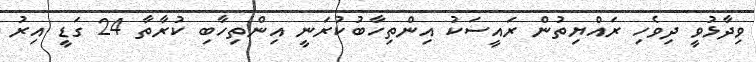
ވިދާޅުވީ ދިވެހި ރައްޔިތުން ރައީސަކު އިންތިހާބުކުރަނީ އިންތިހާބި ކުރާތާ 24 ގަޑީ އިރު